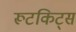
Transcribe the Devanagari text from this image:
रूटकिट्स